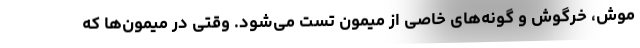
موش، خرگوش و گونه‌های خاصی از میمون تست می‌شود. وقتی در میمون‌ها که